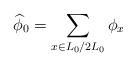
LaTeX: \begin{align*}\widehat\phi_0=\sum_{x \in L_0 / 2L_0} \phi_x\end{align*}